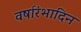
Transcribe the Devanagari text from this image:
वर्षारंभादिन